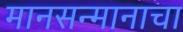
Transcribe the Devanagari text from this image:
मानसन्मानाचा